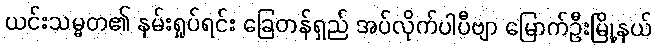
ယင်းသမ္မတ၏ နမ်းရှုပ်ရင်း ခြေတန်ရှည် အပ်လိုက်ပါပီဗျာ မြောက်ဦးမြို့နယ်